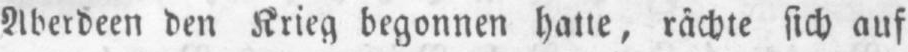
Aberdeen den Krieg begonnen hatte, rächte sich auf